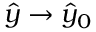
\hat { y } \to \hat { y } _ { 0 }